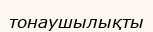
тонаушылықты